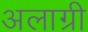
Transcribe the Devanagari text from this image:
अलाग्री